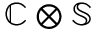
\mathbb { C } \otimes \mathbb { S }